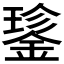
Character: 𮢝